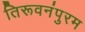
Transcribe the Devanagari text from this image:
तिरूवनंपुरम